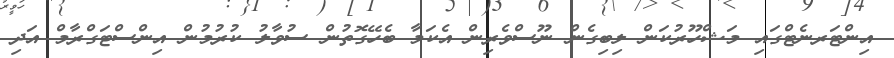
އިންޓަރނެޓްގައި މަޝްހޫރުކަން ލިބިގެން ނޫސްވެރިން އެކަމާ ބެހޭގޮތުން ސުވާލު ކުރުމުން އިންސްޓަގްރާމް އަދި